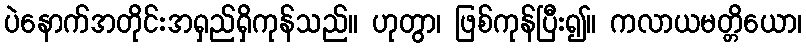
ပဲနောက်အတိုင်းအရှည်ရှိကုန်သည်။ ဟုတွာ၊ ဖြစ်ကုန်ပြီး၍။ ကလာယမတ္တိယော၊